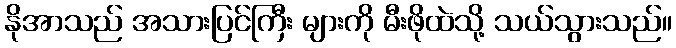
နိုအာသည် အသားပြင်ကြီး များကို မီးဖိုထဲသို့ သယ်သွားသည်။